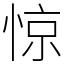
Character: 惊